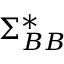
\Sigma _ { B B } ^ { * }